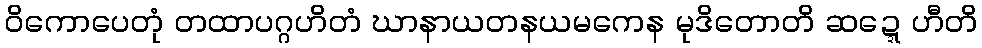
ဝိကောပေတုံ တထာပဂ္ဂဟိတံ ဃာနာယတနယမကေန မုဒိတောတိ ဆဍ္ဍေဟီတိ